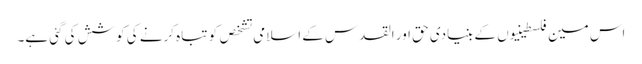
اس مین فلسطینیوں کے بنیادی حق اور القدس کے اسلامی تشخص کو تباہ کرنے کی کوشش کی گئی ہے۔